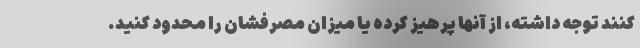
کنند توجه داشته، از آنها پرهیز کرده یا میزان مصرفشان را محدود کنید.